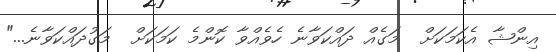
އިންޝާ އެކަމަކަށް  މަގެއް ދައްކަވާނެ ހެވެއްވާ ކޮންމެ ކަމަކަށް  މަގުދައްކަވާނެ..."